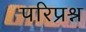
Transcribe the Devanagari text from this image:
परिप्रश्न